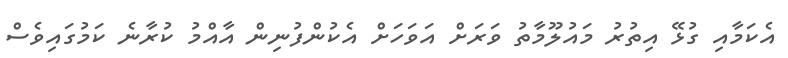
އެކަމާއި ގުޅޭ އިތުރު މައުލޫމާތު ވަރަށް އަވަަހަށް އެކުންފުނިން އާއްމު ކުރާނެ ކަމުގައިވެސް